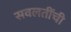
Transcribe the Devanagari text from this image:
सवलतींची